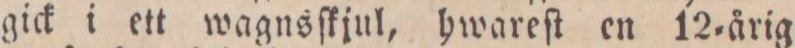
gick i ett wagnsſkjul, hwareſt en 12=årig